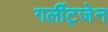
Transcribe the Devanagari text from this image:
गर्लीट्जेन